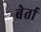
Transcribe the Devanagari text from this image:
बेर्ता